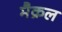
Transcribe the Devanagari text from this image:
मैक्रल